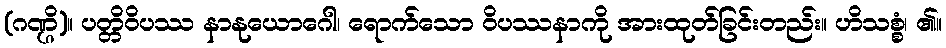
(ဂဏ္ဌိ)။ ပတ္တိဝိပဿ နာနုယောဂေါ၊ ရောက်သော ဝိပဿနာကို အားထုတ်ခြင်းတည်း။ ဟိသစ္စံ၊ ၏။